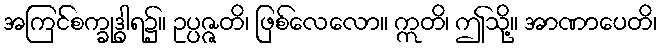
အကြင်စက္ခုဒွါရ၌။ ဥပ္ပဇ္ဇတိ၊ ဖြစ်လေလော။ ဣတိ၊ ဤသို့။ အာဏာပေတိ၊